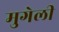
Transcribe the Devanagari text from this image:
मुगेली